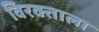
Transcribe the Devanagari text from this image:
विरक्ताला